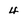
Character: 4